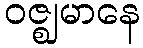
ဝဇ္ဈမာနေ